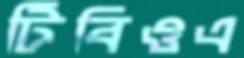
টিবিওএ